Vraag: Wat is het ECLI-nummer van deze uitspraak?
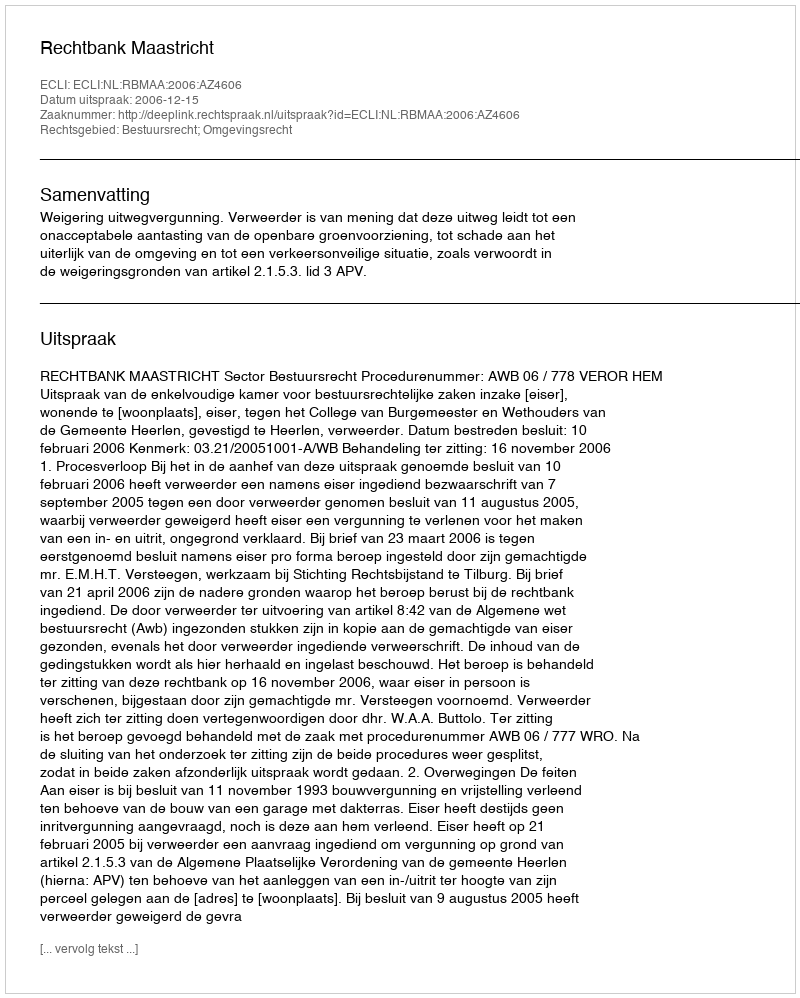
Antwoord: ECLI:NL:RBMAA:2006:AZ4606